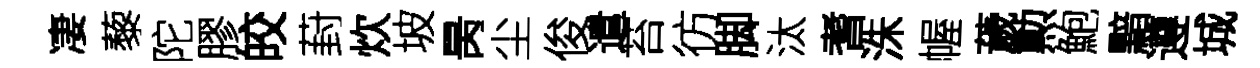
凄藜陀膠皎葑炊坡昺尘俊遣苔彷脚汰耆洙幄薉勲鮑黯遵城